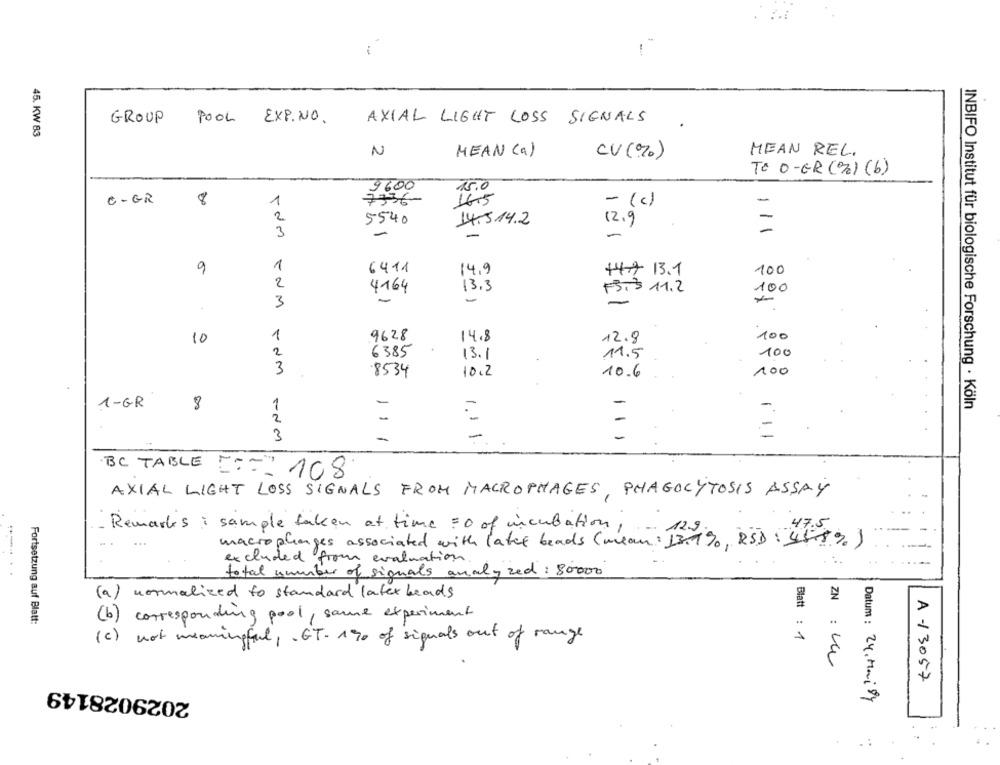
-
GROUP POOL EXP.NO.
AXIAL LIGHT LOSS SIGNALS
45. KW 83
N
MEAN (a)
MEAN REL.
CV (%)
To O-ER (%) (b)
2600
C-GR
1
7336-
16.5
- (c)
2
5540
14.514.2
-
12.9
-
3
-
-
-
1
6411
100
9
14,9
+47 13.1
2
4164
13.3
F3.3. 11.2
100
-
3
-
1
9628
14.8
100
10
12.8
2
6385
13.1
11.5
100
3
8534
10.2
10.6
100
1-GR
8
1
INBIFO Institut für biologische Forschung · Köln
2
-
-
3
1 1 1
BC TABLE ==== 108
AXIAL LIGHT LOSS SIGNALS FROM MACROPHAGES, PHAGOCYTOSIS ASSAY
Remarks : sample taken at time = 0 of incubation, - 1.
macrophages associated with later beads ( mean : 13.1%, RSD 455% )
excluded from evaluation.
---- ..
total number of signals analy zed: 80000
(a) normalized to standard latex beads
Fortsetzung auf Blatt:
(b)
corresponding pool, same experiment
(c)
not meaningful ,. GT. 190 of signals out of range
Blatt : 1
ZN : La
A -1 3057
2029028149
Datum : 24, Maisy